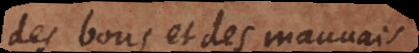
des bons et des mauvais